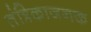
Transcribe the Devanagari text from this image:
तंत्रिकाजनक